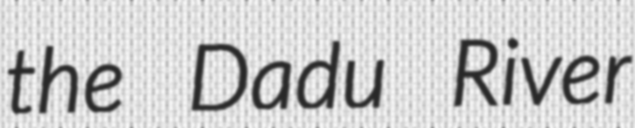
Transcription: the Dadu River